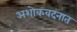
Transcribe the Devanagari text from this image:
अशोकवदनात